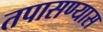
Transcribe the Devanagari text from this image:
तपासण्यास